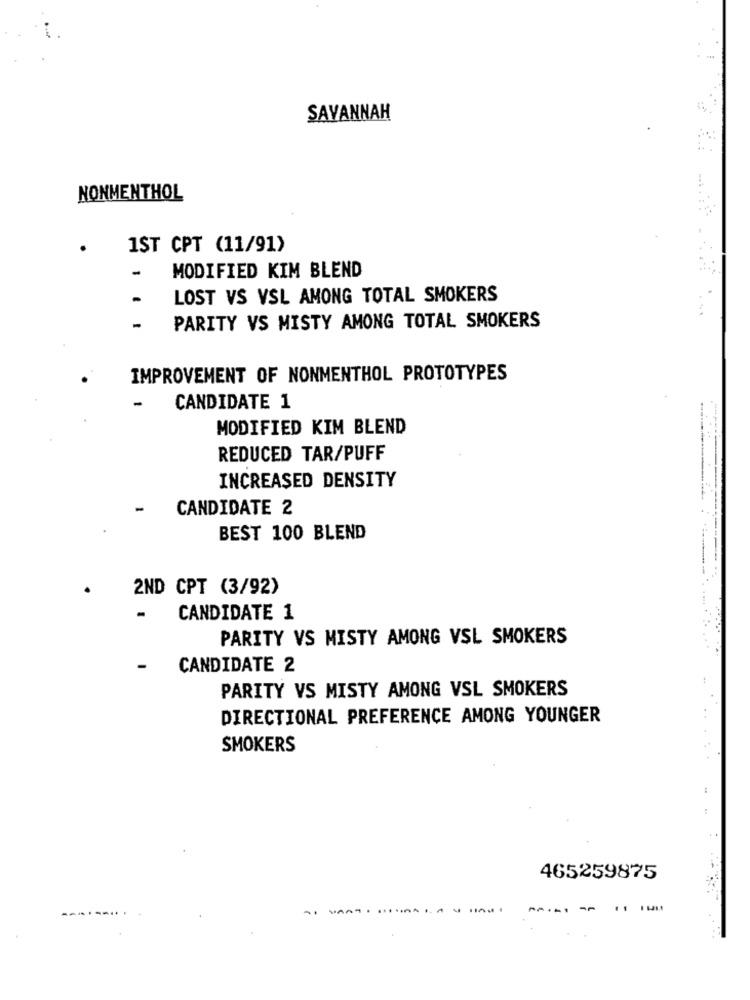
SAVANNAH
NONMENTHOL
1ST CPT (11/91)
MODIFIED KIM BLEND
-
LOST VS VSL AMONG TOTAL SMOKERS
-
PARITY VS MISTY AMONG TOTAL SMOKERS
IMPROVEMENT OF NONMENTHOL PROTOTYPES
-
CANDIDATE 1
MODIFIED KIM BLEND
REDUCED TAR/PUFF
INCREASED DENSITY
CANDIDATE 2
BEST 100 BLEND
2ND CPT (3/92)
-
CANDIDATE 1
PARITY VS MISTY AMONG VSL SMOKERS
-
CANDIDATE 2
PARITY VS MISTY AMONG VSL SMOKERS
DIRECTIONAL PREFERENCE AMONG YOUNGER
SMOKERS
:
:
465259875
-.
--- - -